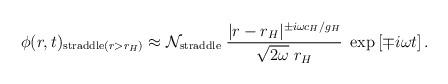
LaTeX: \begin{align*}\phi(r,t)_{\mathrm{straddle}(r>r_H)} \approx {\cal N}_{\mathrm{straddle}}\;{{|r- r_H|^{\pm i\omega c_H/g_H}}\over\sqrt{2\omega}\;r_H} \; \exp\left[\mp i \omega t\right].\end{align*}